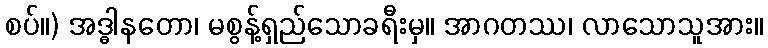
စပ်။) အဒ္ဓါနတော၊ မစွန့်ရှည်သောခရီးမှ။ အာဂတဿ၊ လာသောသူအား။